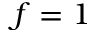
f = 1